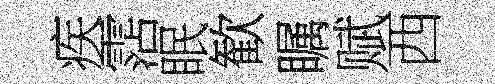
疾霑眠歓瞩赋西